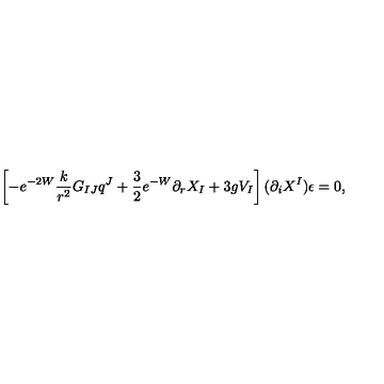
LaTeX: \left[ - e ^ { - 2 W } \frac { k } { r ^ { 2 } } G _ { I J } q ^ { J } + \frac 3 2 e ^ { - W } \partial _ { r } X _ { I } + 3 g V _ { I } \right] ( \partial _ { i } X ^ { I } ) \epsilon = 0 ,